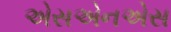
એસએનએસ